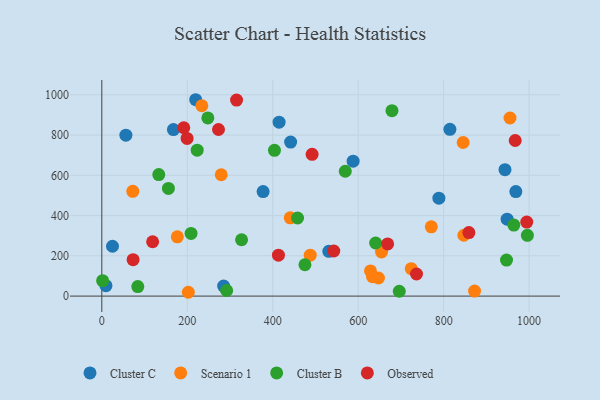
{"axis": {"x": "Distance", "y": "Yield"}, "legend": ["Cluster B", "Cluster C", "Observed", "Scenario 1"], "data": [{"x": "814.7", "y": 828.3, "type": "Cluster C"}, {"x": "948.6", "y": 381.9, "type": "Cluster C"}, {"x": "25.0", "y": 247.6, "type": "Cluster C"}, {"x": "285.1", "y": 49.9, "type": "Cluster C"}, {"x": "9.7", "y": 51.7, "type": "Cluster C"}, {"x": "969.0", "y": 519.1, "type": "Cluster C"}, {"x": "788.9", "y": 486.3, "type": "Cluster C"}, {"x": "441.9", "y": 765.0, "type": "Cluster C"}, {"x": "531.3", "y": 222.5, "type": "Cluster C"}, {"x": "588.2", "y": 670.4, "type": "Cluster C"}, {"x": "167.6", "y": 827.1, "type": "Cluster C"}, {"x": "414.9", "y": 863.9, "type": "Cluster C"}, {"x": "377.5", "y": 519.1, "type": "Cluster C"}, {"x": "56.3", "y": 799.5, "type": "Cluster C"}, {"x": "943.6", "y": 627.8, "type": "Cluster C"}, {"x": "219.7", "y": 975.5, "type": "Cluster C"}, {"x": "845.7", "y": 763.0, "type": "Scenario 1"}, {"x": "955.3", "y": 884.7, "type": "Scenario 1"}, {"x": "176.8", "y": 294.5, "type": "Scenario 1"}, {"x": "202.5", "y": 19.0, "type": "Scenario 1"}, {"x": "647.4", "y": 90.0, "type": "Scenario 1"}, {"x": "72.5", "y": 520.7, "type": "Scenario 1"}, {"x": "441.0", "y": 388.9, "type": "Scenario 1"}, {"x": "724.2", "y": 136.0, "type": "Scenario 1"}, {"x": "654.7", "y": 219.0, "type": "Scenario 1"}, {"x": "847.4", "y": 302.2, "type": "Scenario 1"}, {"x": "628.8", "y": 124.9, "type": "Scenario 1"}, {"x": "872.4", "y": 25.1, "type": "Scenario 1"}, {"x": "633.6", "y": 96.5, "type": "Scenario 1"}, {"x": "279.5", "y": 602.7, "type": "Scenario 1"}, {"x": "487.8", "y": 203.3, "type": "Scenario 1"}, {"x": "234.1", "y": 945.5, "type": "Scenario 1"}, {"x": "771.2", "y": 343.9, "type": "Scenario 1"}, {"x": "84.2", "y": 47.4, "type": "Cluster B"}, {"x": "292.2", "y": 27.9, "type": "Cluster B"}, {"x": "155.9", "y": 535.0, "type": "Cluster B"}, {"x": "458.1", "y": 388.0, "type": "Cluster B"}, {"x": "248.1", "y": 884.9, "type": "Cluster B"}, {"x": "133.3", "y": 603.6, "type": "Cluster B"}, {"x": "475.4", "y": 155.7, "type": "Cluster B"}, {"x": "1.9", "y": 76.5, "type": "Cluster B"}, {"x": "964.3", "y": 353.0, "type": "Cluster B"}, {"x": "223.2", "y": 724.7, "type": "Cluster B"}, {"x": "208.9", "y": 311.5, "type": "Cluster B"}, {"x": "327.1", "y": 279.9, "type": "Cluster B"}, {"x": "696.2", "y": 24.0, "type": "Cluster B"}, {"x": "404.1", "y": 724.1, "type": "Cluster B"}, {"x": "640.9", "y": 263.7, "type": "Cluster B"}, {"x": "679.1", "y": 921.2, "type": "Cluster B"}, {"x": "569.8", "y": 620.3, "type": "Cluster B"}, {"x": "947.2", "y": 178.9, "type": "Cluster B"}, {"x": "996.0", "y": 302.1, "type": "Cluster B"}, {"x": "967.5", "y": 773.0, "type": "Observed"}, {"x": "199.6", "y": 783.5, "type": "Observed"}, {"x": "413.4", "y": 203.5, "type": "Observed"}, {"x": "668.9", "y": 259.1, "type": "Observed"}, {"x": "994.6", "y": 367.9, "type": "Observed"}, {"x": "492.2", "y": 704.4, "type": "Observed"}, {"x": "273.1", "y": 827.7, "type": "Observed"}, {"x": "542.9", "y": 224.1, "type": "Observed"}, {"x": "191.8", "y": 836.4, "type": "Observed"}, {"x": "118.9", "y": 269.9, "type": "Observed"}, {"x": "859.1", "y": 315.5, "type": "Observed"}, {"x": "73.2", "y": 180.7, "type": "Observed"}, {"x": "315.4", "y": 973.8, "type": "Observed"}, {"x": "736.5", "y": 109.7, "type": "Observed"}]}